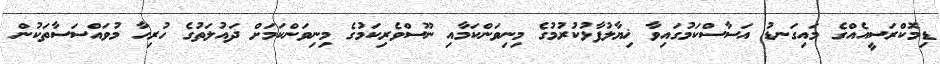
ޑިމޮކްރަސީއެއްގެ މައިގަނޑު އަސާސްކަމުގައިވާ ޚިޔާލުފާޅުކުރުމުގެ މިނިވަންކަމާއި ނޫސްވެރިކަމުގެ މިނިވަންކަމަށް ދައުލަތުގެ ހުރިހާ މުވައްސަސާތަކުން